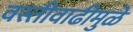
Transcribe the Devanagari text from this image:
वस्तीवाढीमुळे